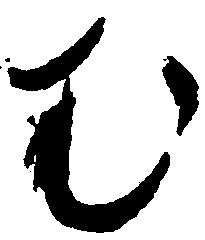
む